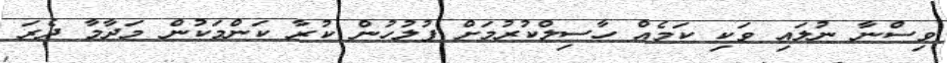
ވިސްނާ ނުލައި ވަކި ކަމެއް ހާސިލްކުރުމަށް ފުލުހުން ކުރާ ކަންމަކުން މަދާމާ ދެރަ